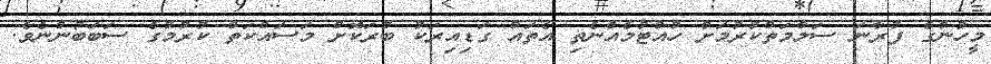
މީހުންގެ ފުރާނަ ސަލާމަތްކުރުމަށް ހުއްޓުމެއްނެތި އެތައް ގަޑިއިރަކު ބުރަކޮށް މަސައްކަތް ކުރުމުގެ ސަބަބުންނެވެ.